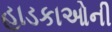
હાડકાઓની